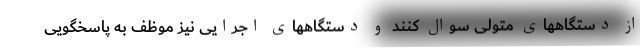
از دستگاههای متولی سوال کنند و دستگاههای اجرایی نیز موظف به پاسخگویی